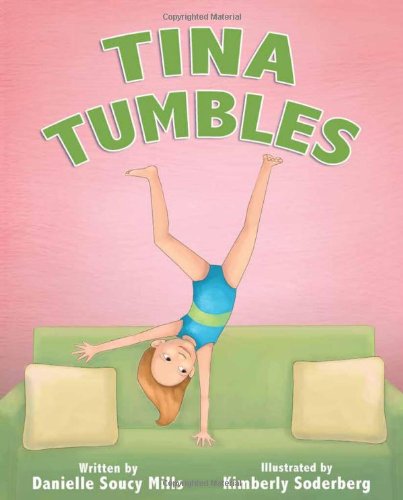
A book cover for Tina Tumbles; Danielle Soucy Mills; Sports & Outdoors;